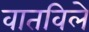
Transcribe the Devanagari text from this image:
वातविले